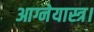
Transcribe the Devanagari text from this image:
आग्नेयास्त्र।